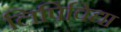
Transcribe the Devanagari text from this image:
लिपिविद्या